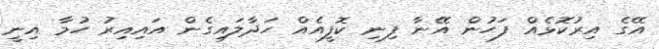
އޭގެ އިރުކޮޅެއް ފަހުން އޭނާ ފިނި ކޮފީއެއް ހަދާލައިގެން އައިއިރު ހުމާ އިނީ